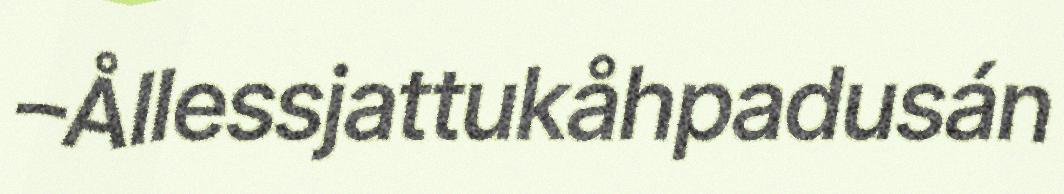
–Ållessjattukåhpadusán